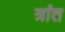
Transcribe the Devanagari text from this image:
त्रांत